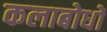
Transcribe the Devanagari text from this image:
कलाबोधों